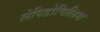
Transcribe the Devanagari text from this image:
लेपिडोचिलिस